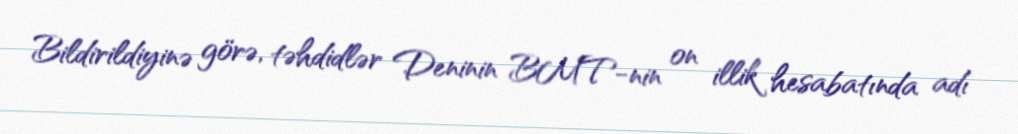
Bildirildiyinə görə, təhdidlər Deninin BMT-nin on illik hesabatında adı